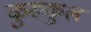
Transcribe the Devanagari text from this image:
कुरुकुल